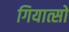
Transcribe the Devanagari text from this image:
गियात्सो